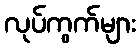
လုပ်ကွက်များ